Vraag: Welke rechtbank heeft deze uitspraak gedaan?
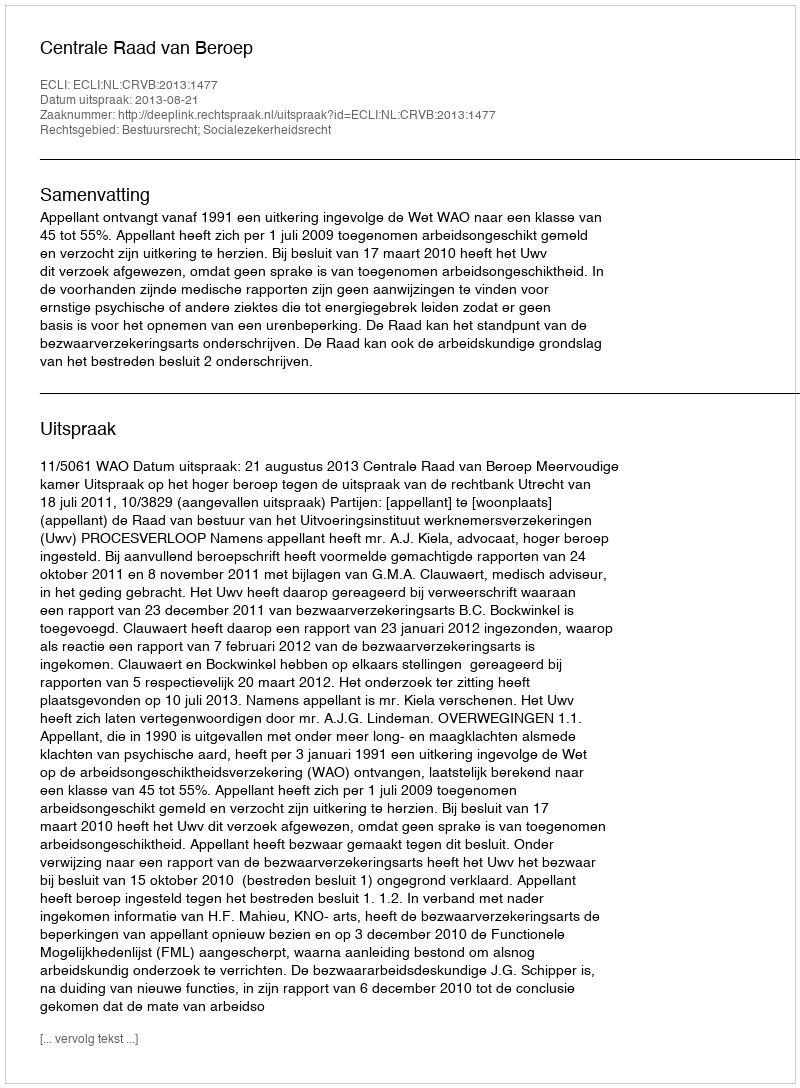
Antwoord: Centrale Raad van Beroep